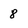
Character: 8